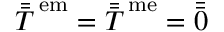
\bar { \bar { T } } ^ { \, \mathrm { e m } } = \bar { \bar { T } } ^ { \, \mathrm { m e } } = \bar { \bar { 0 } }